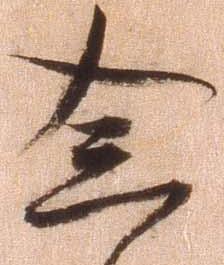
念